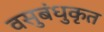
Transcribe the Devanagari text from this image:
वसुबंधुकृत